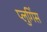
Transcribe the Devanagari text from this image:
प्लुगिंस